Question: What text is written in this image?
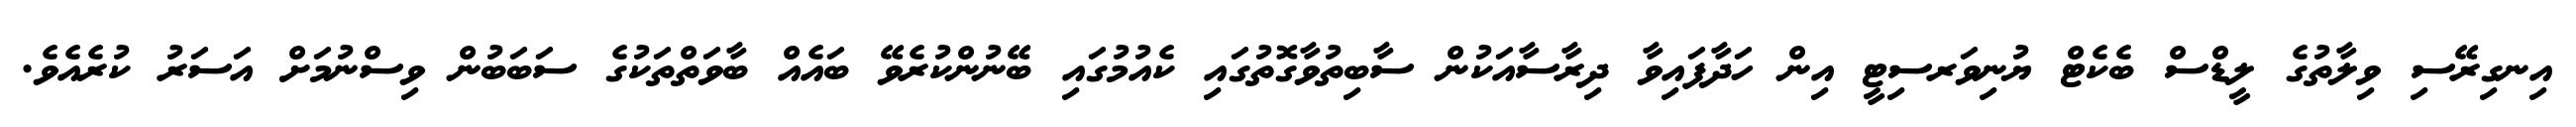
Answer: އިނގިރޭސި ވިލާތުގެ ލީޑްސް ބެކެޓް ޔުނިވަރސިޓީ އިން ހަދާފައިވާ ދިރާސާއަކުން ސާބިތުވާގޮތުގައި ކެއުމުގައި ބޭނުންކުރެވޭ ބައެއް ބާވަތްތަކުގެ ސަބަބުން ވިސްނުމަށް އަސަރު ކުރެއެވެ.